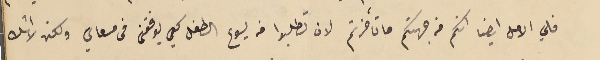
فلي الامل ايضا انكم من جهتكم ما تأخرتم لان تطلبوا من يسوع الطفل كي يوفقنى فى مسعاي ولكن لا اشك